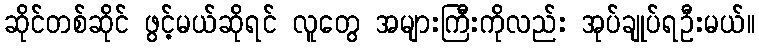
ဆိုင်တစ်ဆိုင် ဖွင့်မယ်ဆိုရင် လူတွေ အများကြီးကိုလည်း အုပ်ချုပ်ရဦးမယ်။